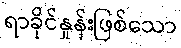
ရာခိုင်နှုန်းဖြစ်သော